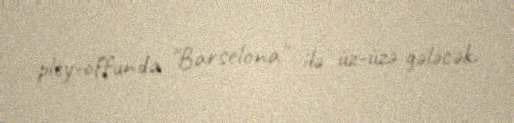
pley-offunda "Barselona" ilə üz-üzə gələcək.